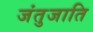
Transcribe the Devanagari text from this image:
जंतुजाति